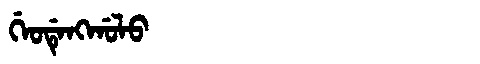
Manchu: ᡤᡝᠣᡩᡝᠩᡤᠣᠯᠣ
Romanization: GEODENGGOLO